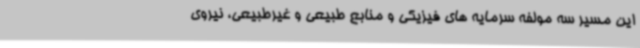
این مسیر سه مولفه سرمایه های فیزیکی و منابع طبیعی و غیرطبیعی، نیروی